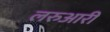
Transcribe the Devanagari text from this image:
लरुआरी